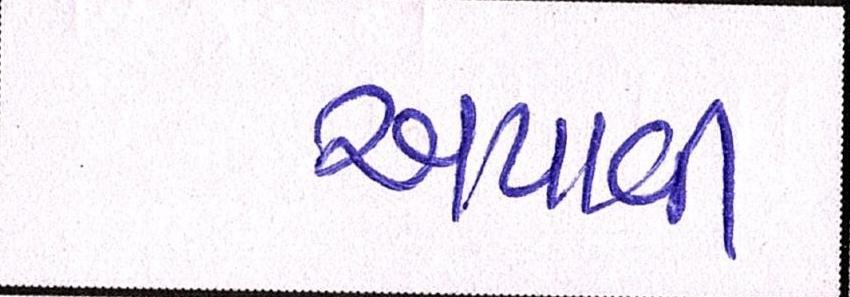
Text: અપાવી